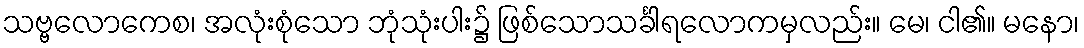
သဗ္ဗလောကေစ၊ အလုံးစုံသော ဘုံသုံးပါး၌ ဖြစ်သောသင်္ခါရလောကမှလည်း။ မေ၊ ငါ၏။ မနော၊